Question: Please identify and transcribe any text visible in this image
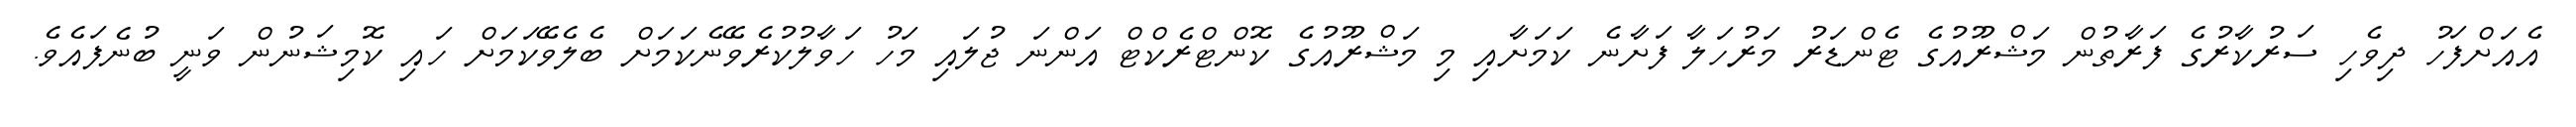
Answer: އެއަށްފަހު ދިވެހި ސަރުކާރުގެ ފަރާތުން މަޝްރޫއުގެ ޓެންޑަރު މަރުހަލާ ފަށާނެ ކަމަށާއި މި މަޝްރޫއުގެ ކޮންޓްރެކްޓް އަންނަ ޖުލައި މަހު ހަވާލުކުރެވޭނެކަމަށް ބެލެވޭކަމަށް ހައި ކޮމިޝަނުން ވަނީ ބުނެފައެވެ.